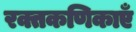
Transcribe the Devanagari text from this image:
रक्तकणिकाएँ